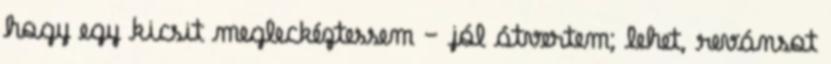
hogy egy ki­csit megleckéztessem – jól átvertem; lehet, revánsot